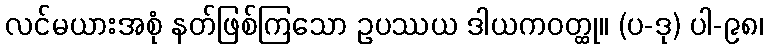
လင်မယားအစုံ နတ်ဖြစ်ကြသော ဥပဿယ ဒါယကဝတ္ထု။ (ပ-ဒု) ပါ-၉၈၊